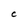
Character: C